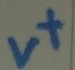
Text: v+